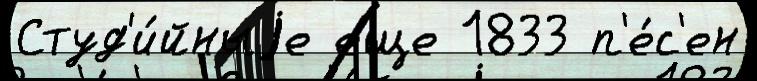
Студ'и́йныjе еще 1833 п'е́с'ен